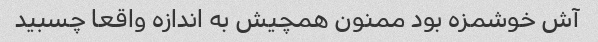
آش خوشمزه بود ممنون همچیش به اندازه واقعا چسبید